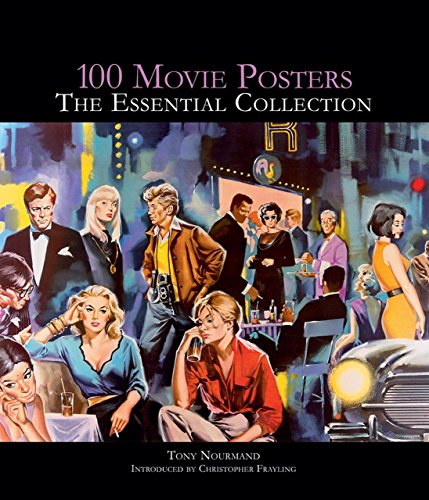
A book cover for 100 Movie Posters: The Essential Collection; Tony Nourmand; Arts & Photography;